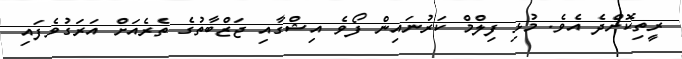
ރީތިކޮށްދެ އެވެ. މުޅި ފިލްމް ކަރުނައިން ފޯވެ އިޝްގާއި ޖަޒްބާތުގެ ތެރެއަށް އަރަގުވެފައި